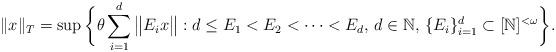
LaTeX: \begin{align*} \|x\|_{T} = \sup \bigg\{\theta \sum_{i=1}^d \big\|E_ix\big\| : d \leq E_1 < E_2<\cdots < E_d, \, d \in \mathbb{N},\, \{E_i\}_{i=1}^d \subset [\mathbb{N}]^{<\omega} \bigg\}. \end{align*}